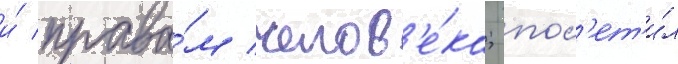
и́ права́м челов'е́ка; пос'ет'и́л